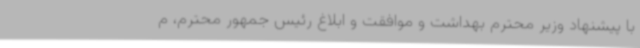
با پیشنهاد وزیر محترم بهداشت و موافقت و ابلاغ رئیس جمهور محترم، م